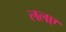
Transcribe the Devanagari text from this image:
ललए